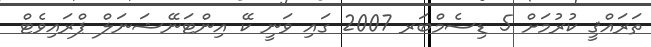
ތަރައްޤީ ކުރުމަށް 5 ޑިސެމްބަރ 2007 ގައި ވަނީ ކޭ އިންޓަނޭޝަނަލް ޕްރައިވެޓް